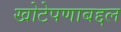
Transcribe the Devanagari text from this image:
खोटेपणाबद्दल